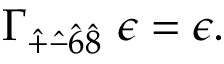
\Gamma _ { \hat { + } \hat { - } \hat { 6 } \hat { 8 } } ~ \epsilon = \epsilon .